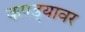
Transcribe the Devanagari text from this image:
कपड्यावर